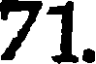
71.